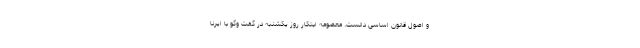
و اصول قانون اساسی دانست. معصومه ابتکار روز یکشنبه در گفت وگو با ایرنا